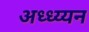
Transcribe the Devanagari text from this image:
अध्ध्य्यन